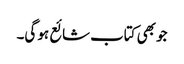
جو بھی کتاب شائع ہو گی۔